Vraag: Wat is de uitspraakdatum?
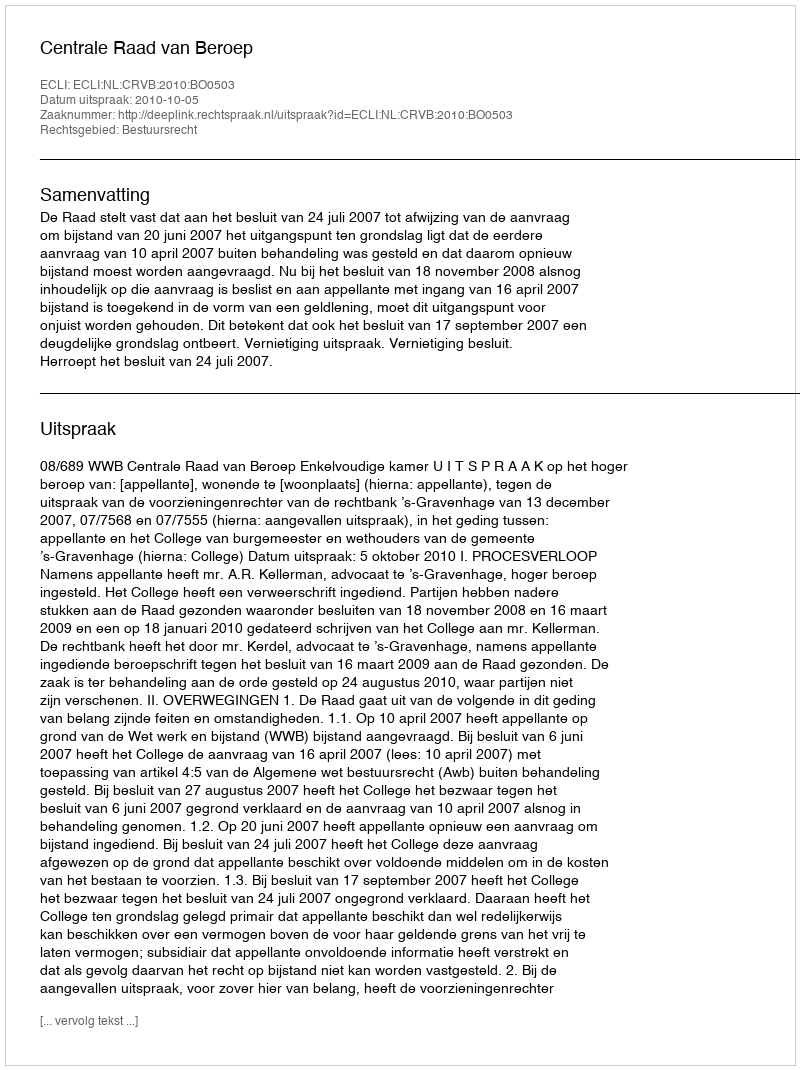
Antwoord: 2010-10-05